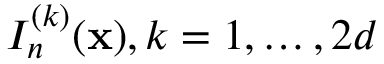
I _ { n } ^ { ( k ) } ( { \bf x } ) , k = 1 , \ldots , 2 d